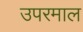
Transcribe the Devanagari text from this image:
उपरमाल